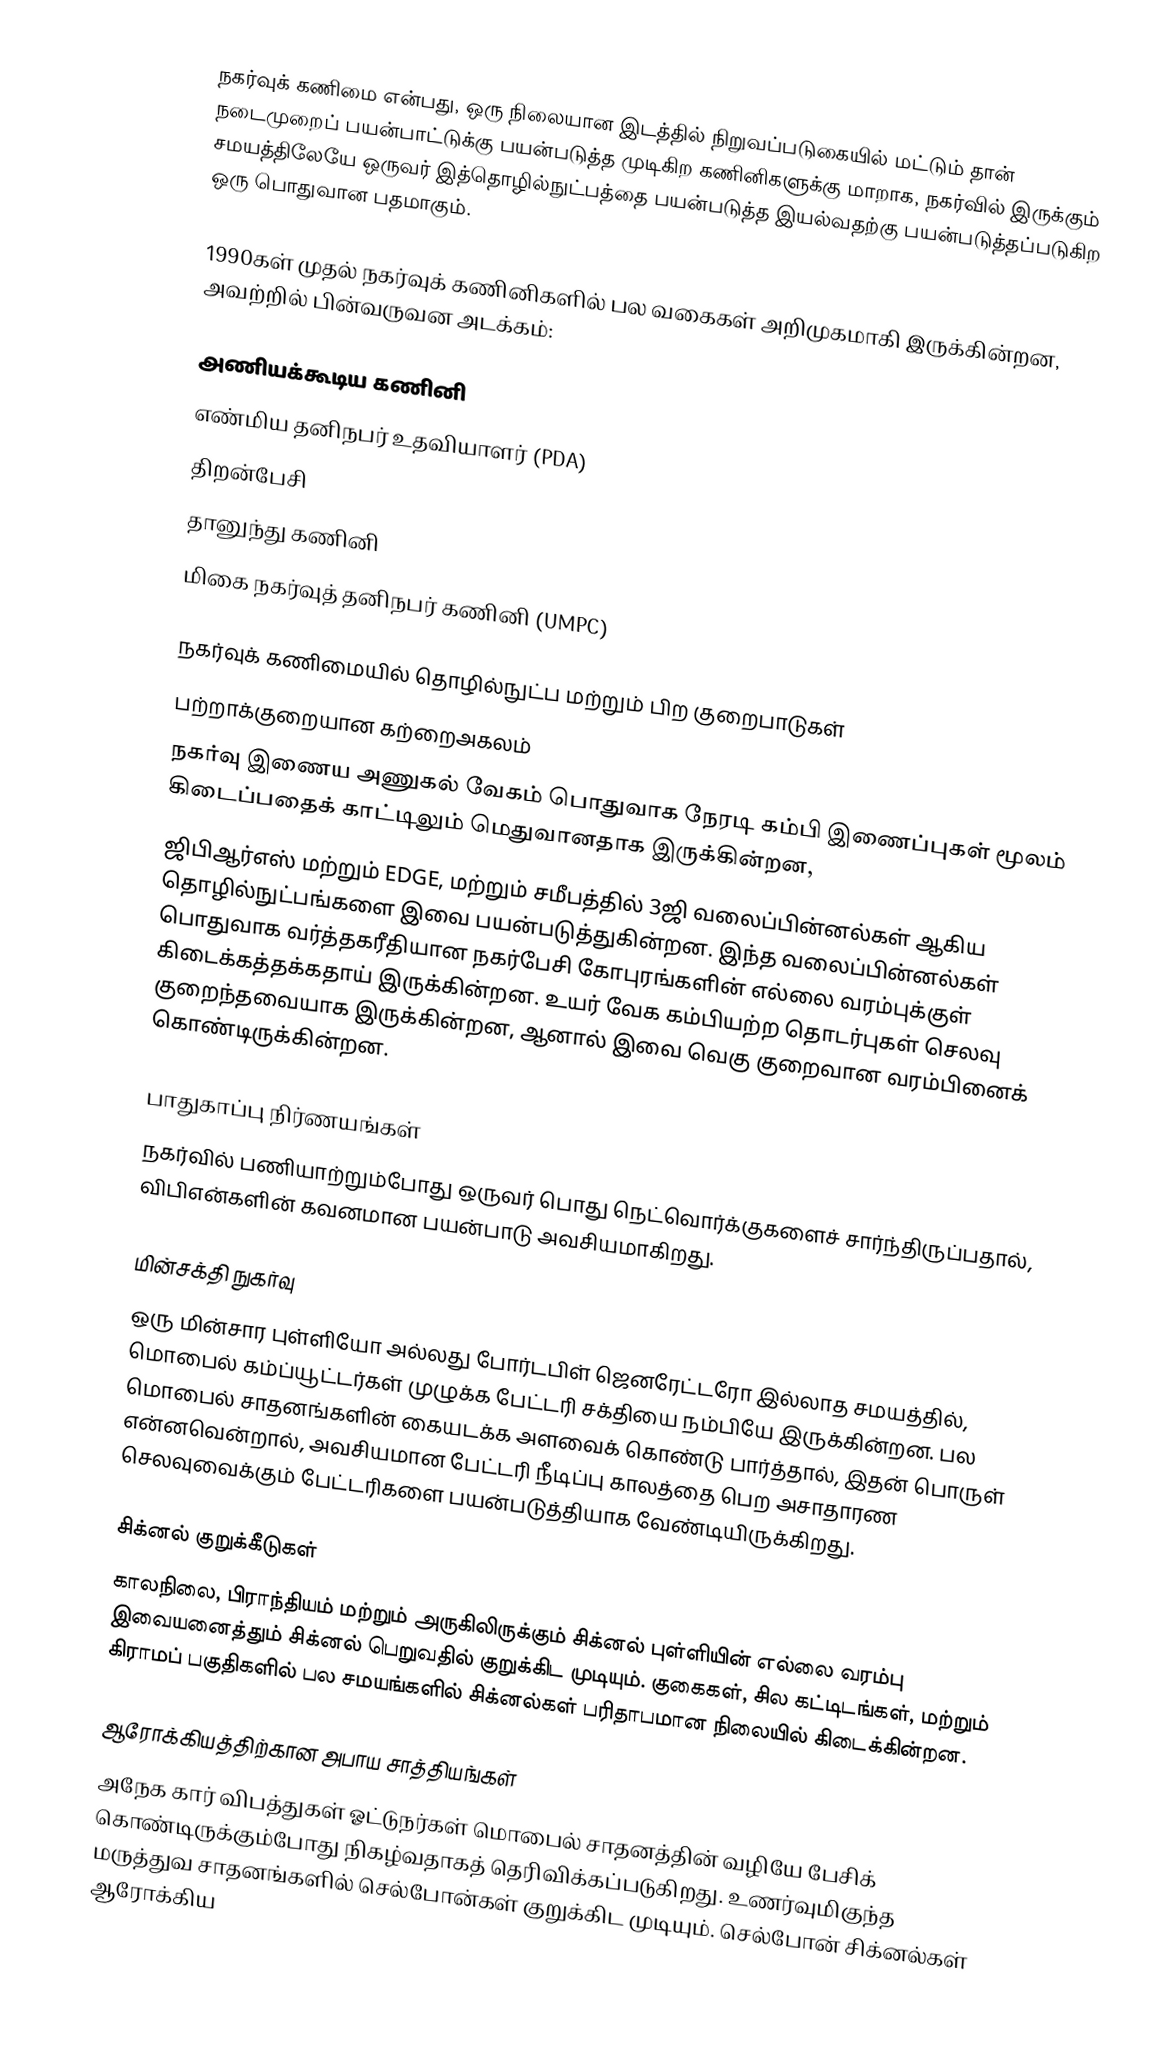
நகர்வுக் கணிமை என்பது, ஒரு நிலையான இடத்தில் நிறுவப்படுகையில் மட்டும் தான் நடைமுறைப் பயன்பாட்டுக்கு பயன்படுத்த முடிகிற கணினிகளுக்கு மாறாக, நகர்வில் இருக்கும் சமயத்திலேயே ஒருவர் இத்தொழில்நுட்பத்தை பயன்படுத்த இயல்வதற்கு பயன்படுத்தப்படுகிற ஒரு பொதுவான பதமாகும்.

1990கள் முதல் நகர்வுக் கணினிகளில் பல வகைகள் அறிமுகமாகி இருக்கின்றன, அவற்றில் பின்வருவன அடக்கம்:

 அணியக்கூடிய கணினி
 எண்மிய தனிநபர் உதவியாளர் (PDA)
 திறன்பேசி
 தானுந்து கணினி
 மிகை நகர்வுத் தனிநபர் கணினி (UMPC)

நகர்வுக் கணிமையில் தொழில்நுட்ப மற்றும் பிற குறைபாடுகள்
 பற்றாக்குறையான கற்றைஅகலம்
நகர்வு இணைய அணுகல் வேகம் பொதுவாக நேரடி கம்பி இணைப்புகள் மூலம் கிடைப்பதைக் காட்டிலும் மெதுவானதாக இருக்கின்றன,
ஜிபிஆர்எஸ் மற்றும் EDGE, மற்றும் சமீபத்தில் 3ஜி வலைப்பின்னல்கள் ஆகிய தொழில்நுட்பங்களை இவை பயன்படுத்துகின்றன. இந்த வலைப்பின்னல்கள் பொதுவாக வர்த்தகரீதியான நகர்பேசி கோபுரங்களின் எல்லை வரம்புக்குள் கிடைக்கத்தக்கதாய் இருக்கின்றன. உயர் வேக கம்பியற்ற தொடர்புகள் செலவு குறைந்தவையாக இருக்கின்றன, ஆனால் இவை வெகு குறைவான வரம்பினைக் கொண்டிருக்கின்றன.

 பாதுகாப்பு நிர்ணயங்கள்
நகர்வில் பணியாற்றும்போது ஒருவர் பொது நெட்வொர்க்குகளைச் சார்ந்திருப்பதால், விபிஎன்களின் கவனமான பயன்பாடு அவசியமாகிறது.

 மின்சக்தி நுகர்வு
ஒரு மின்சார புள்ளியோ அல்லது போர்டபிள் ஜெனரேட்டரோ இல்லாத சமயத்தில், மொபைல் கம்ப்யூட்டர்கள் முழுக்க பேட்டரி சக்தியை நம்பியே இருக்கின்றன. பல மொபைல் சாதனங்களின் கையடக்க அளவைக் கொண்டு பார்த்தால், இதன் பொருள் என்னவென்றால், அவசியமான பேட்டரி நீடிப்பு காலத்தை பெற அசாதாரண செலவுவைக்கும் பேட்டரிகளை பயன்படுத்தியாக வேண்டியிருக்கிறது.

 சிக்னல் குறுக்கீடுகள்
காலநிலை, பிராந்தியம் மற்றும் அருகிலிருக்கும் சிக்னல் புள்ளியின் எல்லை வரம்பு இவையனைத்தும் சிக்னல் பெறுவதில் குறுக்கிட முடியும். குகைகள், சில கட்டிடங்கள், மற்றும் கிராமப் பகுதிகளில் பல சமயங்களில் சிக்னல்கள் பரிதாபமான நிலையில் கிடைக்கின்றன.

 ஆரோக்கியத்திற்கான அபாய சாத்தியங்கள்
அநேக கார் விபத்துகள் ஓட்டுநர்கள் மொபைல் சாதனத்தின் வழியே பேசிக் கொண்டிருக்கும்போது நிகழ்வதாகத் தெரிவிக்கப்படுகிறது. உணர்வுமிகுந்த மருத்துவ சாதனங்களில் செல்போன்கள் குறுக்கிட முடியும். செல்போன் சிக்னல்கள் ஆரோக்கிய